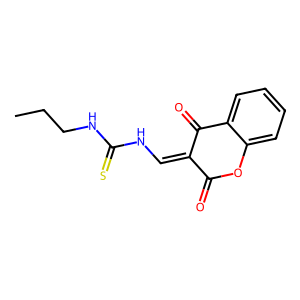
SMILES: CCCNC(=S)NC=C1C(=O)Oc2ccccc2C1=O
Inhibits HIV replication: No